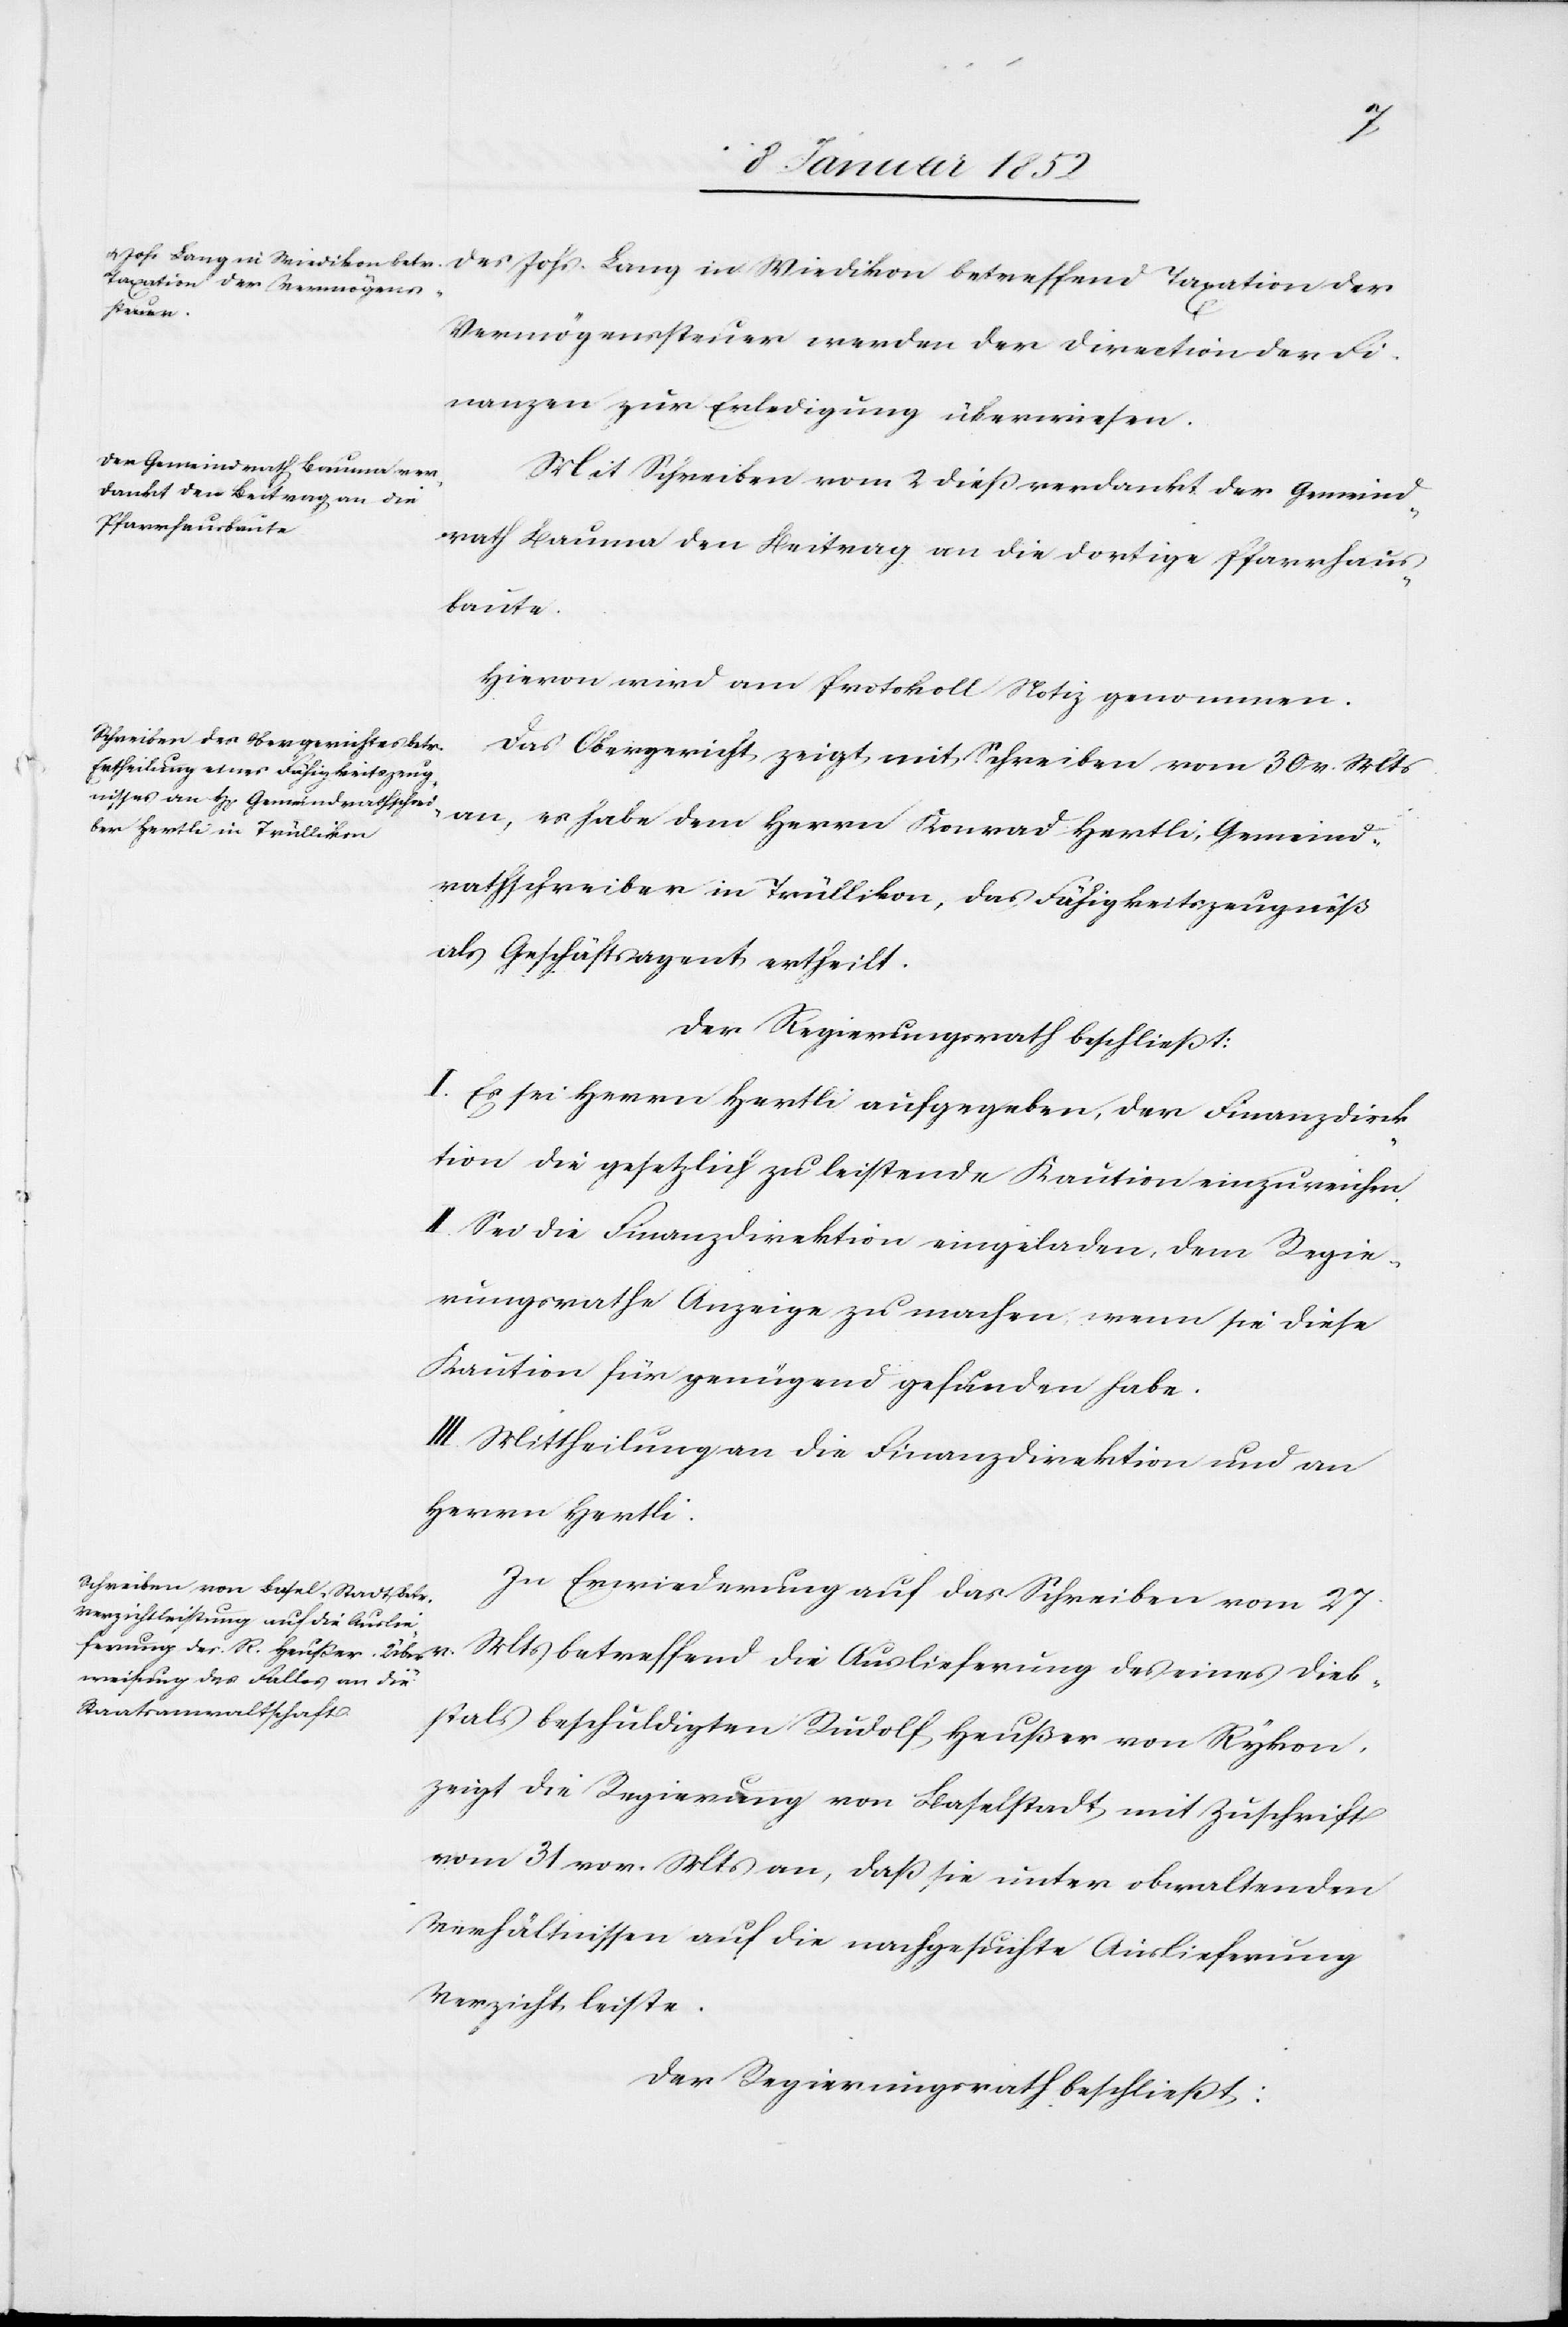
Dieb¬
Vermögenssteuer werden der Direction der Fi¬
nanzen zur Erledigung überwiesen.
Mit Schreiben vom 2 dieß verdankt der Gemeind¬
rath Bauma den Beitrag an die dortige Pfarrhaus¬
baute.
Hiervon wird am Protokoll Notiz genommen.
Das Obergericht zeigt mit Schreiben vom 30 v. Mts
an, es habe dem Herrn Konrad Herthli [sic!], Gemeind¬
rathschreiber in Trüllikon, das Fähigkeitszeugniß
als Geschäftsagent ertheilt.
der Regierungsrath beschließt:
I. Es sei Herrn Hertli aufgegeben, der Finanzdirek¬
tion die gesetzlich zu leistende Kaution einzureichen.
II. Sei die Finanzdirektion eingeladen, dem Regie¬
rungsrathe Anzeige zu machen wenn sie diese
Kaution für genügend gefunden habe.
III. Mittheilung an die Finanzdirektion und an
Herrn Hertli.
In Erwiederung auf das Schreiben vom 27.
stals beschuldigten Rudolf Heußer von Rykon
zeigt die Regierung von Baselstadt mit Zuschrift
vom 31 vor. M an, daß sie unter obwaltenden
Verhältnissen auf die nachgesuchte Auslieferung
Verzicht leiste.
der Regierungsrath beschließt: